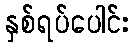
နှစ်ရပ်ပေါင်း